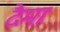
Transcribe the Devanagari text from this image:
दैमा